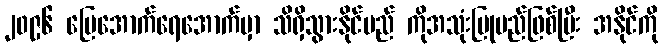
၂၀၉၆ မြေအောက်ရေအောက်မှာ သိရှိသွားနိုင်မည် ကိုအသုံးပြုမည်ဖြစ်ပြီး အနိုင်ကို